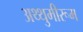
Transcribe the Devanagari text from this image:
अथ्थुमीरूम